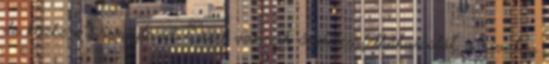
de közben Disneyland. Ezért vannak őrületes felhőkarcolók a sivatag